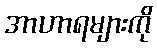
အာဟာရများကို